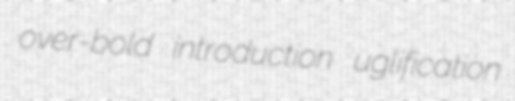
over-bold introduction uglification